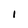
Character: 1